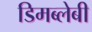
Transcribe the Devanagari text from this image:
डिमब्लेबी